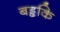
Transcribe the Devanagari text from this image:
बड्ढकि